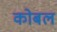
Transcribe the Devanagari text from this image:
कोबल